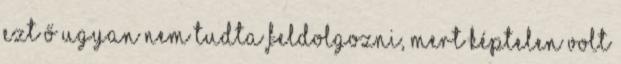
Ezt ő ugyan nem tudta feldolgozni, mert képtelen volt